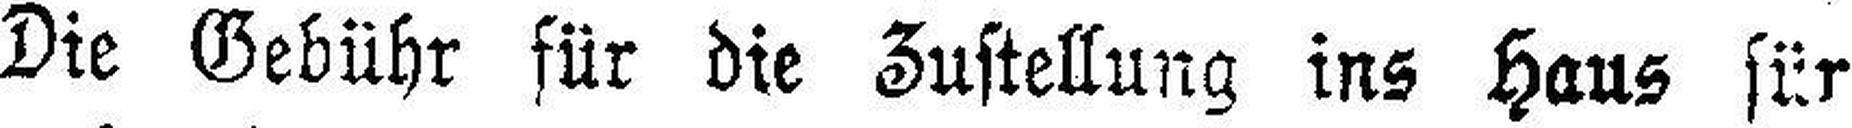
Die Gebühr für die Zustellung ins Haus für